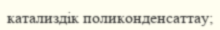
катализдік поликонденсаттау;